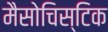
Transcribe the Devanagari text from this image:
मैसोचिस्टिक